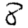
Digit: 8